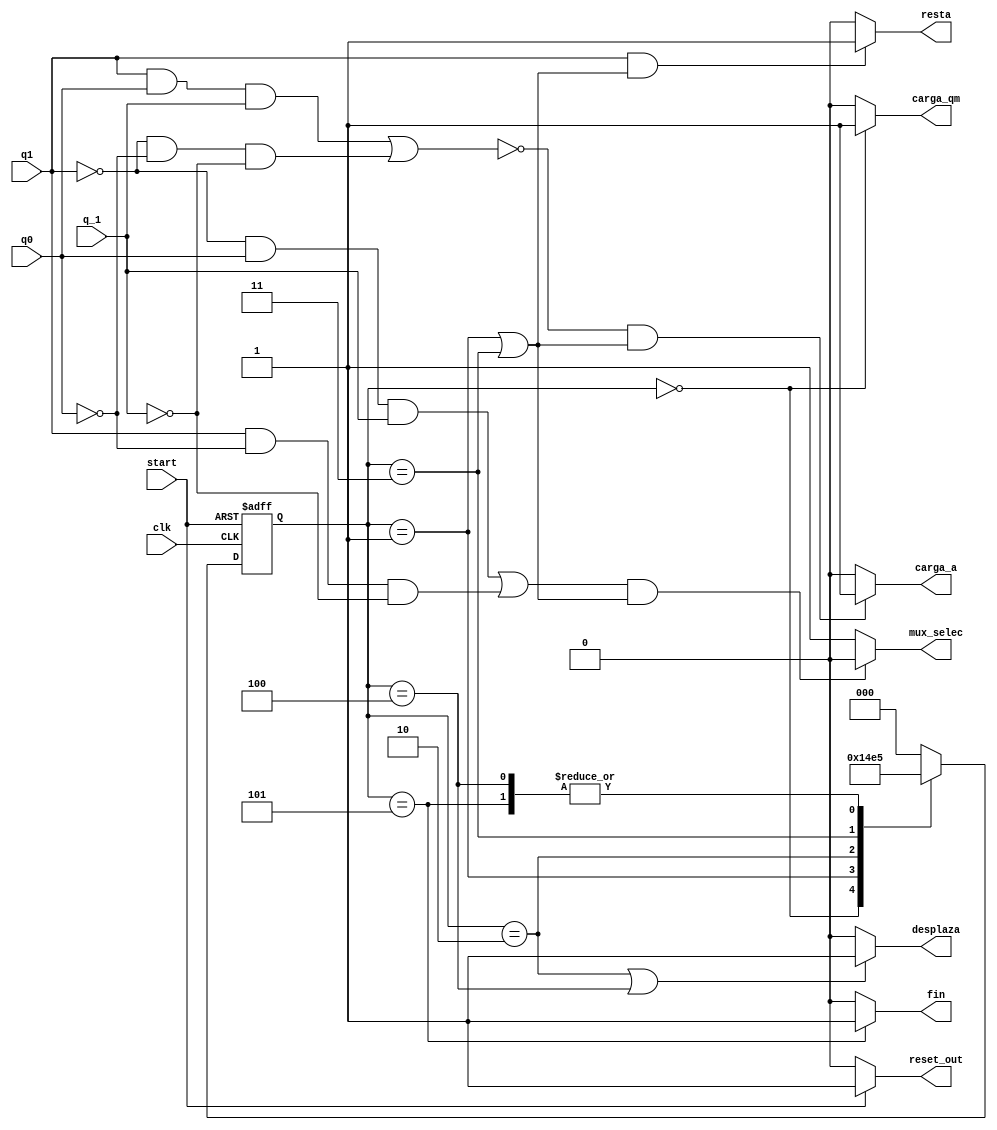
module uc (input wire q1, q0, q_1, clk, start, output wire mux_selec, carga_a, carga_qm, desplaza, resta, fin, reset_out);

reg [2:0] state, nextstate;

//Codificacin de los estados

parameter S0 = 3'b000;
parameter S1 = 3'b001;
parameter S2 = 3'b010;
parameter S3 = 3'b011;
parameter S4 = 3'b100;
parameter S5 = 3'b101;


always @ (posedge clk, posedge start)
  if (start)
    state <= S0;
  else
    state <= nextstate;
   
always @(*)
  case (state)
    S0: nextstate = S1;
    S1: nextstate = S2;
    S2: nextstate = S3;
    S3: nextstate = S4;
    S4: nextstate = S5;
    S5: nextstate = S5;
    default: nextstate = S0;
  endcase

assign carga_qm = (state == S0) ? 1'b1:1'b0;
assign mux_selec = ((!q1 & q0 & q_1)|(q1 & !q0 & !q_1)) & ((state == S1)|(state == S3)) ? 1'b0:1'b1;
assign carga_a = (!((q1 & q0 & q_1)|(!q1 & !q0 & !q_1)) & ((state == S1)|(state == S3))) ? 1'b1:1'b0;
assign desplaza = ((state == S2)|(state == S4)) ? 1'b1:1'b0;
assign resta = ((q1) & ((state == S1)|(state == S3))) ? 1'b1:1'b0;
assign reset_out = (start) ? 1'b1:1'b0;
assign fin = (state == S5) ? 1'b1:1'b0;

endmodule